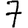
Digit: 7